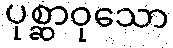
ပုစ္ဆာဝုသော